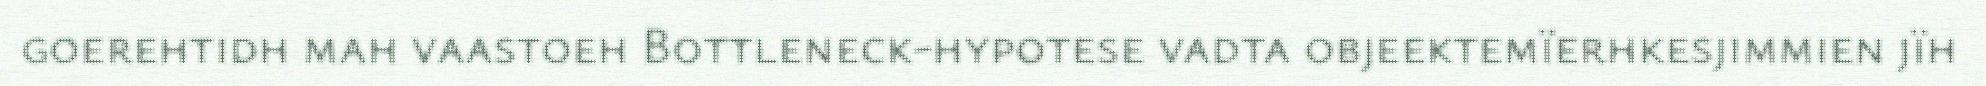
goerehtidh mah vaastoeh Bottleneck-hypotese vadta objeektemïerhkesjimmien jïh